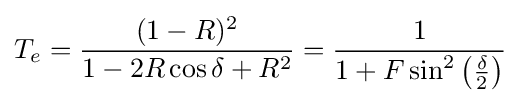
T_{e}={\frac {(1-R)^{2}}{1-2R\cos \delta +R^{2}}}={\frac {1}{1+F\sin ^{2}\left({\frac {\delta }{2}}\right)}}